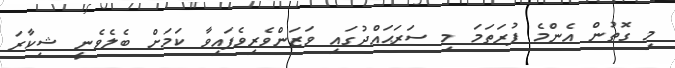
މި ގޮތުން އެންމެ ފުރަތަމަ މި ސަރަޙައްދުގައި ވަޒަންވެރިވެފައިވާ ކަމަށް ބެލެވެނީ ޝިކާރަ